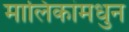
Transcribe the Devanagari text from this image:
मालिकांमधुन